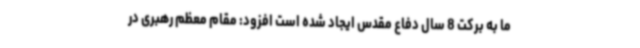
ما به برکت 8 سال دفاع مقدس ایجاد شده است افزود: مقام معظم رهبری در